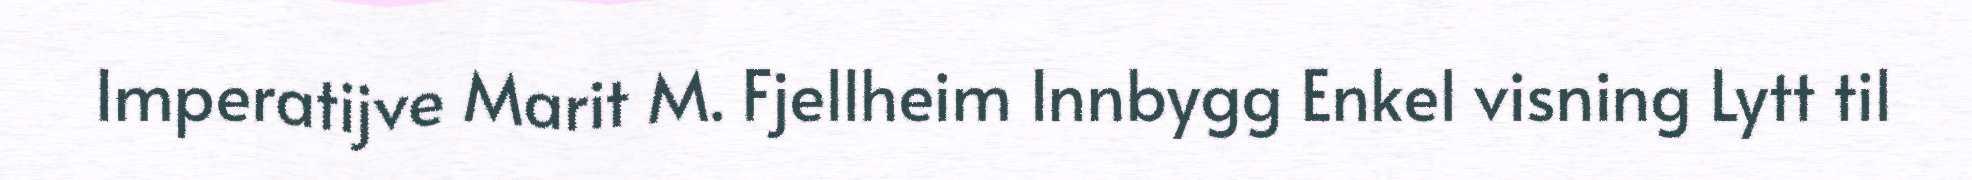
Imperatijve Marit M. Fjellheim Innbygg Enkel visning Lytt til